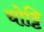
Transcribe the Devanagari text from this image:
चोट्टि